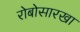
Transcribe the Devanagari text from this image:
रोबोसारखा